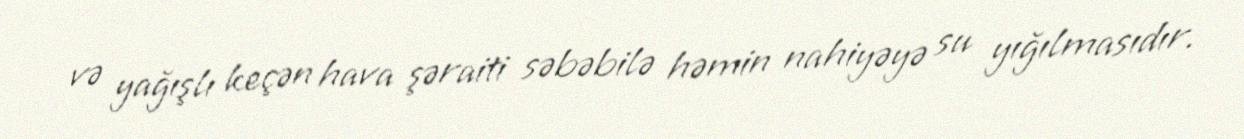
və yağışlı keçən hava şəraiti səbəbilə həmin nahiyəyə su yığılmasıdır.